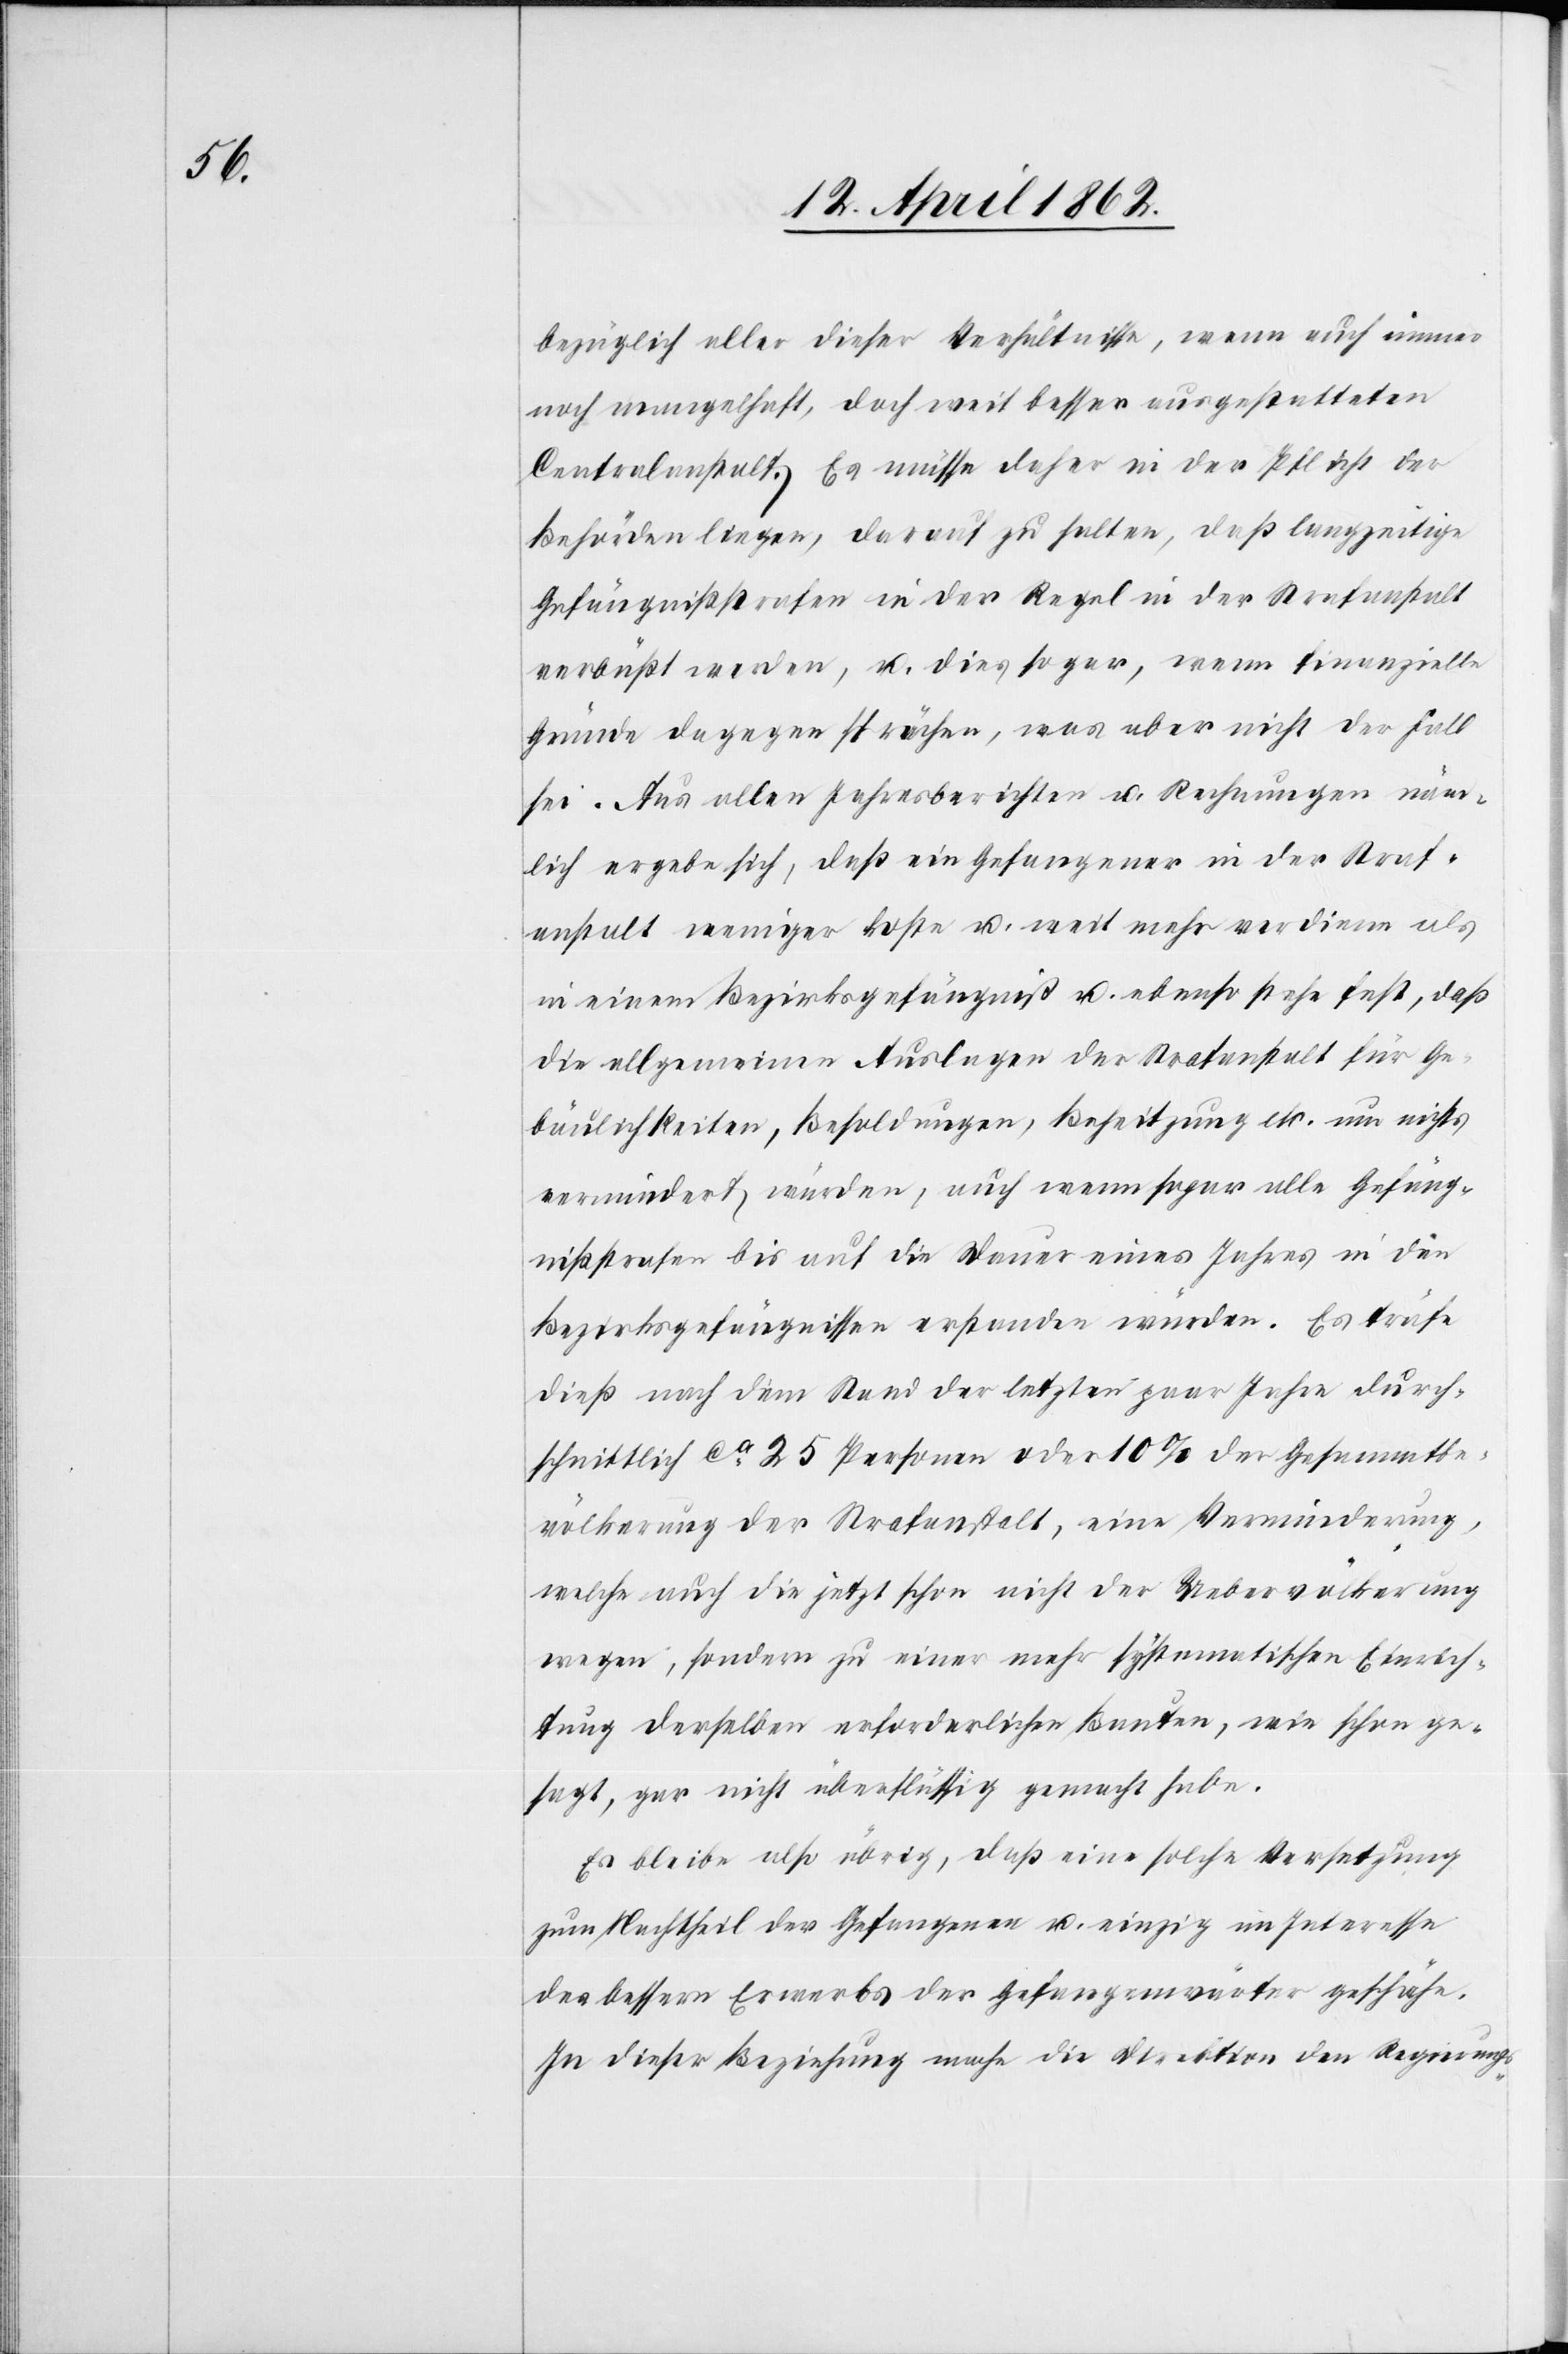
bezüglich aller dieser Verhältnisse, wenn auch immer
noch mangelhaft, doch weit besser ausgestatteten
Centralanstalt. Es müsse daher in der Pflicht der
Behörden liegen, darauf zu halten, daß langzeitige
Gafängnißstrafen in der Regel in der Strafanstalt
verbüßt werden, u. dies sogar, wenn finanzielle
Gründe dagegen sprächen, was aber nicht der Fall
sei. Aus allen Jahresberichten u. Rechnungen näm¬
lich ergebe sich, daß ein Gefangener in der Straf¬
anstalt weniger koste u. weit mehr verdiene als
in einem Bezirksgefängniß u. ebenso stehe fest, daß
die allgemeinen Auslagen der Strafanstalt für Ge¬
bäulichkeiten, Besoldungen, Beseitigung etc. um nichts
vermindert würden, auch wenn sogar alle Gefäng¬
nißstrafen bis auf die Dauer eines Jahres in den
Bezirksgefängnissen erstanden würden. Es träfe
dieß nach dem Stand der letzten paar Jahre durch¬
schnittlich ca. 25 Personen oder 10% der Gesammtbe¬
völkerung der Strafanstalt, eine Verminderung,
welche auch die jetzt schon nicht der Uebervölkerung
wegen, sondern zu einer mehr systematischen Einrich¬
tung derselben erforderlichen Bauten, wie schon ge¬
sagt, gar nicht überflüssig gemacht habe.
Es bleibe also übrig, daß eine solche Versetzung
zum Nachtheil der Gefangenen u. einzig im Interesse
des bessern Erwerbs der Gefangenwärter geschähe.
In dieser Beziehung mache die Direktion den Regierungs-